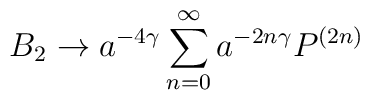
B_{2}  \rightarrow  a^{-4 \gamma}\sum_{n=0}^{\infty} a^{-2n\gamma} P^{(2n)}